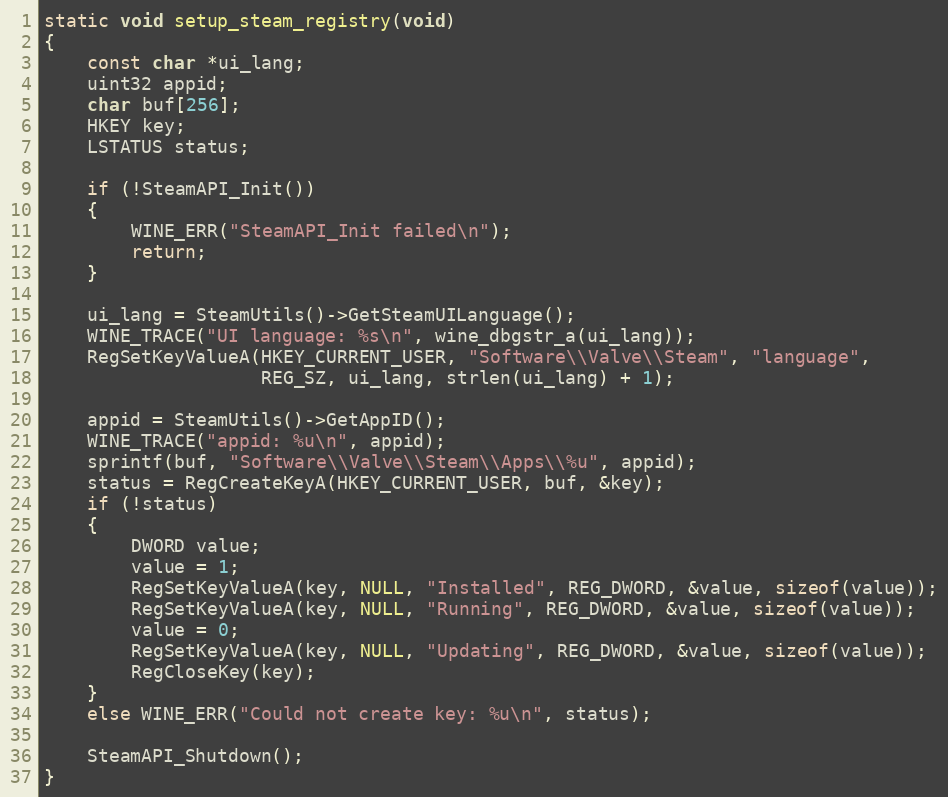
Language: C++
static void setup_steam_registry(void)
{
    const char *ui_lang;
    uint32 appid;
    char buf[256];
    HKEY key;
    LSTATUS status;

    if (!SteamAPI_Init())
    {
        WINE_ERR("SteamAPI_Init failed\n");
        return;
    }

    ui_lang = SteamUtils()->GetSteamUILanguage();
    WINE_TRACE("UI language: %s\n", wine_dbgstr_a(ui_lang));
    RegSetKeyValueA(HKEY_CURRENT_USER, "Software\\Valve\\Steam", "language",
                    REG_SZ, ui_lang, strlen(ui_lang) + 1);

    appid = SteamUtils()->GetAppID();
    WINE_TRACE("appid: %u\n", appid);
    sprintf(buf, "Software\\Valve\\Steam\\Apps\\%u", appid);
    status = RegCreateKeyA(HKEY_CURRENT_USER, buf, &key);
    if (!status)
    {
        DWORD value;
        value = 1;
        RegSetKeyValueA(key, NULL, "Installed", REG_DWORD, &value, sizeof(value));
        RegSetKeyValueA(key, NULL, "Running", REG_DWORD, &value, sizeof(value));
        value = 0;
        RegSetKeyValueA(key, NULL, "Updating", REG_DWORD, &value, sizeof(value));
        RegCloseKey(key);
    }
    else WINE_ERR("Could not create key: %u\n", status);

    SteamAPI_Shutdown();
}